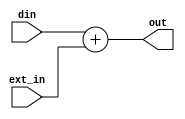
`timescale 1ns/100ps


module sum_add(din, ext_in, out);
  input [15:0] din, ext_in;
  output reg [15:0] out;
  
  
  always @(din or ext_in) begin
  out = din + ext_in;
  end
endmodule

module reg_add(clk, res, in, dout);
  input [15:0] in;
  input clk, res;
  output reg [15:0] dout;
  
  
  always @(posedge clk) begin
  if(res == 1)
  dout = 0;
  else
  dout = in;
  end
endmodule

module add_fed(din, res, clk, dout);
  input [15:0] din;
  input clk, res;
  output [15:0] dout;
  wire [15:0] out_sum;
  
  sum_add bl1(din, dout, out_sum);
  
  reg_add bl2(clk, res, out_sum, dout);
  
endmodule